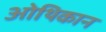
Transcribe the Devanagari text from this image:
ओथिकान